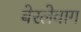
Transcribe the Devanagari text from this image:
बेरलेवाग